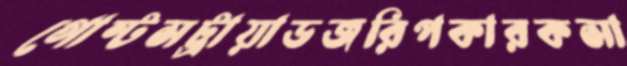
গোস্টসট্রায়াডজরিপকারকসা